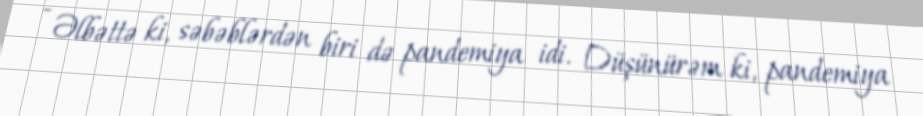
- Əlbəttə ki, səbəblərdən biri də pandemiya idi. Düşünürəm ki, pandemiya